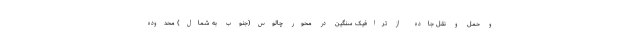
و حمل و نقل جاده از ترافیک سنگین در محور چالوس(جنوب به شمال) محدوده